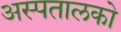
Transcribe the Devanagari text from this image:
अस्पतालको